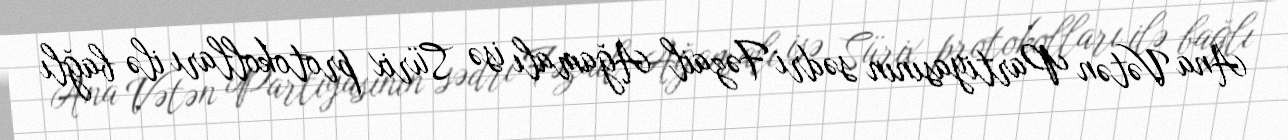
Ana Vətən Partiyasının sədri Fəzail Ağamalı isə Sürix protokolları ilə bağlı